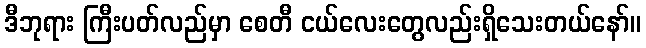
ဒီဘုရား ကြီးပတ်လည်မှာ စေတီ ငယ်လေးတွေလည်းရှိသေးတယ်နော်။